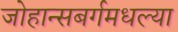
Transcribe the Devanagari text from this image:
जोहान्सबर्गमधल्या